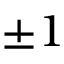
\pm 1